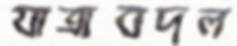
যাত্রাবদল